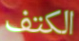
الكتف